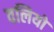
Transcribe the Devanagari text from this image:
वलियों